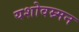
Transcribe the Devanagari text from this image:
यशोवम्र्मन